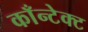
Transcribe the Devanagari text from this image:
काँन्टेक्ट